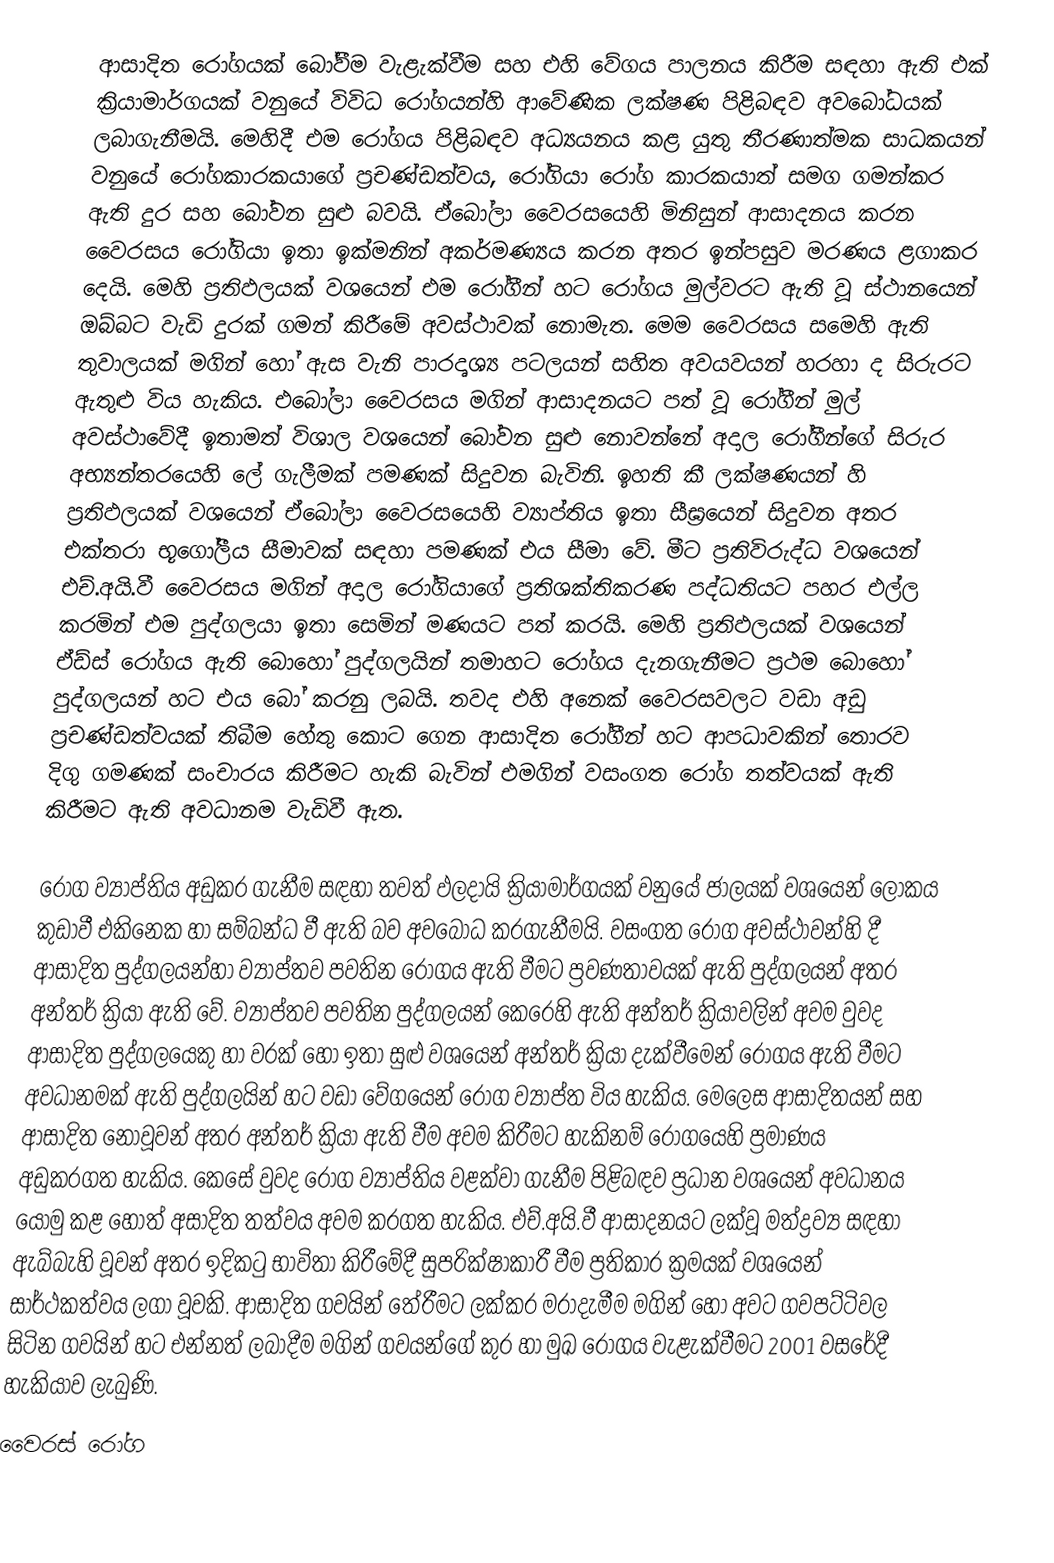
ආසාදිත රෝගයක් බෝවීම වැළැක්වීම සහ එහි වේගය පාලනය කිරීම සඳහා ඇති එක් ක්‍රියාමාර්ගයක් වනුයේ විවිධ රෝගයන්හි අ‍ාවේණික ලක්ෂණ පිළිබඳව අවබෝධයක් ලබාගැනීමයි. මෙහිදී එම රෝගය පිළිබඳව අධ්‍යයනය කළ යුතු තීරණාත්මක සාධකයන් වනුයේ රෝගකාරකයාගේ ප්‍රචණ්ඩත්වය, රෝගියා රෝග කාරකයාත් සමග ගමන්කර ඇති දුර සහ බෝවන සුළු බවයි. ඒබෝලා වෛරසයෙහි මිනිසුන් ආසාදනය කරන වෛරසය රෝගියා ඉතා ඉක්මනින් අකර්මණ්‍යය කරන අතර ඉන්පසුව මරණය ළගාකර දෙයි. මෙහි ප්‍රතිඵලයක් වශයෙන් එම රෝගීන් හට රෝගය මුල්වරට ඇති වූ ස්ථානයෙන් ඔබ්බට වැඩි දුරක් ගමන් කිරීමේ අවස්ථාවක් නොමැත. මෙම වෛරසය සමෙහි ඇති තුවාලයක් මගින් හෝ ඇස වැනි පාරදෘශ්‍ය පටලයන් සහිත අවයවයන් හරහා ද සිරුරට ඇතුළු විය හැකිය. එබෝලා වෛරසය මගින් ආසාදනයට පත් වූ රෝගීන් මුල් අවස්ථාවේදී ඉතාමත් විශාල වශයෙන් බෝවන සුළු නොවන්නේ අදාල රෝගීන්ගේ සිරුර අභ්‍යන්තරයෙහි ලේ ගැලීමක් පමණක් සිදුවන බැවිනි. ඉහති කී ලක්ෂණයන් හි ප්‍රතිඵලයක් වශයෙන් ඒබෝලා වෛරසයෙහි ව්‍යාප්තිය ඉතා සීඝ්‍රයෙන් සිදුවන අතර එක්තරා භූගෝලීය සීමාවක් සඳහා පමණක් එය සීමා වේ. මීට ප්‍රතිවිරුද්ධ වශයෙන් එච්.අයි.වී වෛරසය මගින් අදාල රෝගියාගේ ප්‍රතිශක්තිකරණ පද්ධතියට පහර එල්ල කරමින් එම පුද්ගලයා ඉතා සෙමින් මණයට පත් කරයි. මෙහි ප්‍රතිඵලයක් වශයෙන් ඒඩ්ස් රෝගය ඇති බොහෝ පුද්ගලයින් තමාහට රෝගය දැනගැනීමට ප්‍රථම බොහෝ පුද්ගලයන් හට එය බෝ කරනු ලබයි. තවද එහි අනෙක් වෛරසවලට වඩා අඩු ප්‍රචණ්ඩත්වයක් තිබීම හේතු කොට ගෙන ආසාදිත රෝගීන් හට ආපධාවකින් තොරව දිගු ගමණක් සංචාරය කිරීමට හැකි බැවින් එමගින් වසංගත රෝග තත්වයක් ඇති කිරීමට ඇති අවධානම වැඩිවී ඇත.

රෝග ව්‍යාප්තිය අඩුකර ගැනීම සඳහා තවත් ඵලදායි ක්‍රියාමාර්ගයක් වනුයේ ජාලයක් වශයෙන් ලෝකය කුඩාවී එකිනෙක හා සම්බන්ධ වී ඇති බව අවබෝධ කරගැනීමයි. වසංගත රෝග අවස්ථාවන්හි දී ආසාදිත පුද්ගලයන්හා ව්‍යාප්තව පවතින රෝගය ඇති වීමට ප්‍රවණතාවයක් ඇති පුද්ගලයන් අතර අන්තර් ක්‍රියා ඇති වේ. ව්‍යාප්තව පවතින පුද්ගලයන් කෙරෙහි ඇති අන්තර් ක්‍රියාවලින් අවම වුවද ආසාදිත පුද්ගලයෙකු හා වරක් හෝ ඉතා සුළු වශයෙන් අන්තර් ක්‍රියා දැක්වීමෙන් රෝගය ඇති වීමට අවධානමක් ඇති පුද්ගලයින් හට වඩා වේගයෙන් රෝග ව්‍යාප්ත විය හැකිය. මෙලෙස ආසාදිතයන් සහ ආසාදිත නොවූවන් අතර අන්තර් ක්‍රියා ඇති වීම අවම කිරීමට හැකිනම් රෝගයෙහි ප්‍රමාණය අඩුකරගත හැකිය. කෙසේ වුවද රෝග ව්‍යාප්තිය වළක්වා ගැනීම පිළිබඳව ප්‍රධාන වශයෙන් අවධානය යොමු කළ හොත් අසාදිත තත්වය අවම කරගත හැකිය. එච්.අයි.වී ආසාදනයට ලක්වූ මත්ද්‍රව්‍ය සඳහා ඇබ්බැහි වූවන් අතර ඉදිකටු භාවිතා කිරීමේදී සුපරික්ෂාකාරී වීම ප්‍රතිකාර ක්‍රමයක් වශයෙන් සාර්ථකත්වය ලගා වූවකි. ආසාදිත ගවයින් තේරීමට ලක්කර මරාදැමීම මගින් හෝ අවට ගවපට්ටිවල සිටින ගවයින් හට එන්නත් ලබාදීම මගින් ගවයන්ගේ කුර හා මුඛ රෝගය වැළැක්වීමට 2001 වසරේදී හැකියාව ලැබුණි.
වෛරස් රෝග